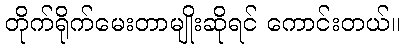
တိုက်ရိုက်မေးတာမျိုးဆိုရင် ကောင်းတယ်။